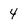
Character: 4